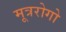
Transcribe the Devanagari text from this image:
मूत्ररोगो